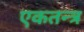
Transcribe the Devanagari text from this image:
एकतन्त्र